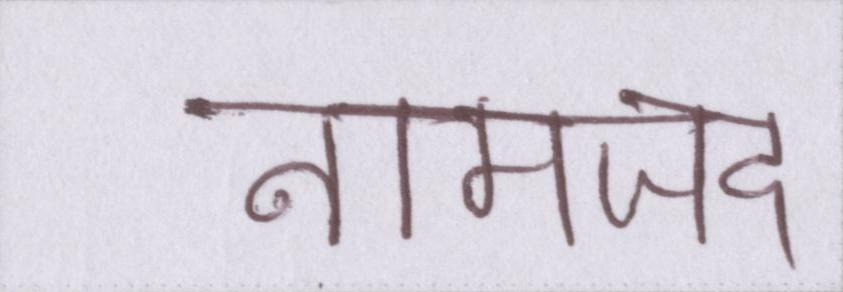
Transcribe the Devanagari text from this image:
नामजद